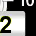
Digit: 2